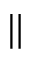
\parallel